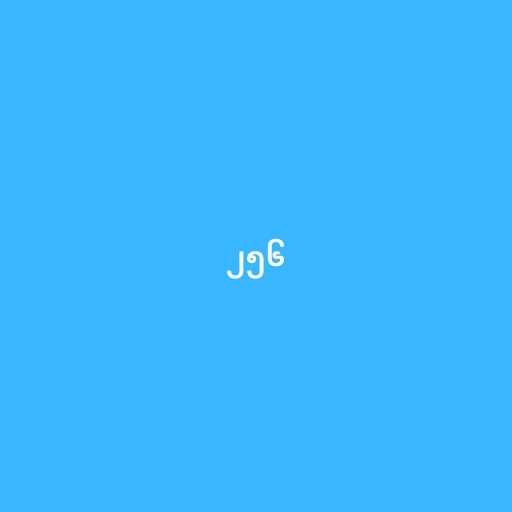
၂၅၆